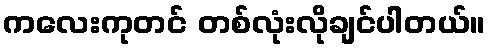
ကလေးကုတင် တစ်လုံးလိုချင်ပါတယ်။